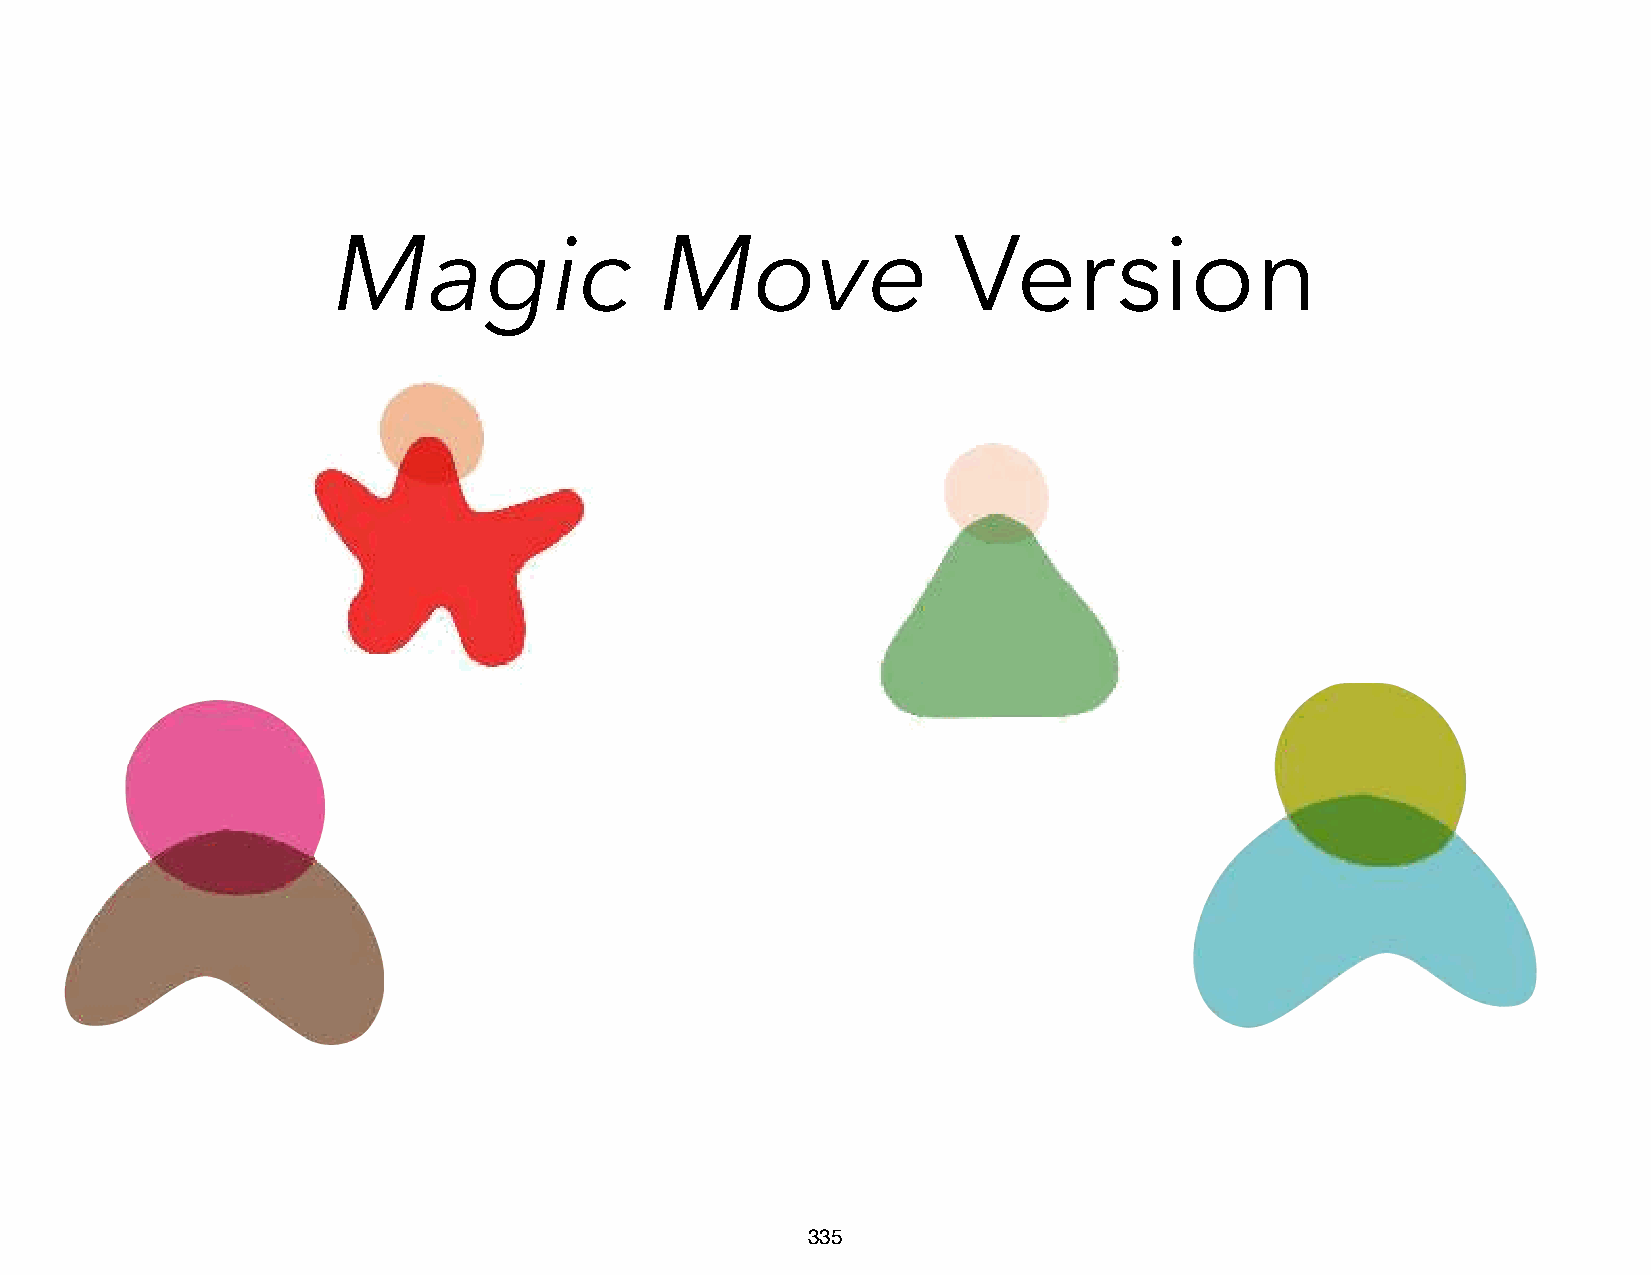
Magic                 Move               Version
 335